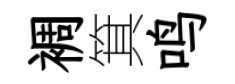
裯箕鸣